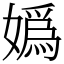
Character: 嬀